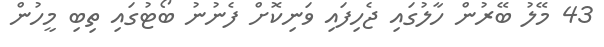
43 މޭލު ބޭރުން ހާލުގައި ޖެހިފައި ވަނިކޮށް ފެނުނު ބޯޓުގައި ތިބި މީހުން